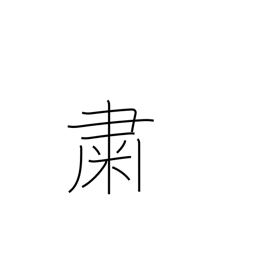
Meaning: quietly